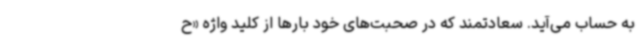
به حساب می‌آید. سعادتمند که در صحبت‌های خود بارها از کلید واژه «ح